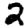
Digit: 2